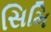
સિમિ